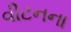
વીટનના